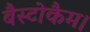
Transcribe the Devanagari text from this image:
बैस्टोकैम।